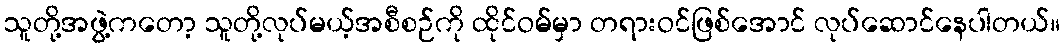
သူတို့အဖွဲ့ကတော့ သူတို့လုပ်မယ့်အစီစဉ်ကို ထိုင်ဝမ်မှာ တရားဝင်ဖြစ်အောင် လုပ်ဆောင်နေပါတယ်။